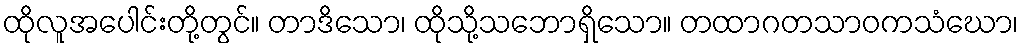
ထိုလူအပေါင်းတို့တွင်။ တာဒိသော၊ ထိုသို့သဘောရှိသော။ တထာဂတသာဝကသံဃော၊